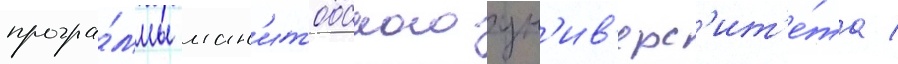
програ́ммы ман'итобского ун'ив'ерс'ит'е́та /